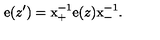
\mathrm { e } ( z ^ { \prime } ) = \mathrm { x } _ { + } ^ { - 1 } \mathrm { e } ( z ) \mathrm { x } _ { - } ^ { - 1 } .